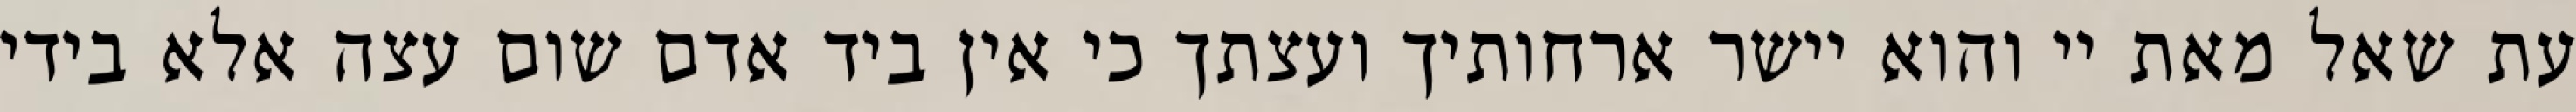
עת שאל מאת יי והוא יישר ארחותיך ועצתך כי אין ביד אדם שום עצה אלא בידי